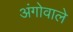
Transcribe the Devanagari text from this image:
अंगोवाले